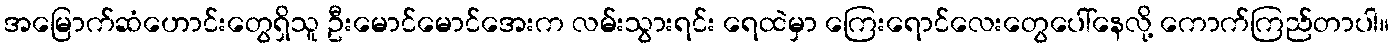
အမြောက်ဆံဟောင်းတွေရှိသူ ဦးမောင်မောင်အေးက လမ်းသွားရင်း ရေထဲမှာ ကြေးရောင်လေးတွေပေါ်နေလို့ ကောက်ကြည်တာပါ။